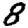
Digit: 8